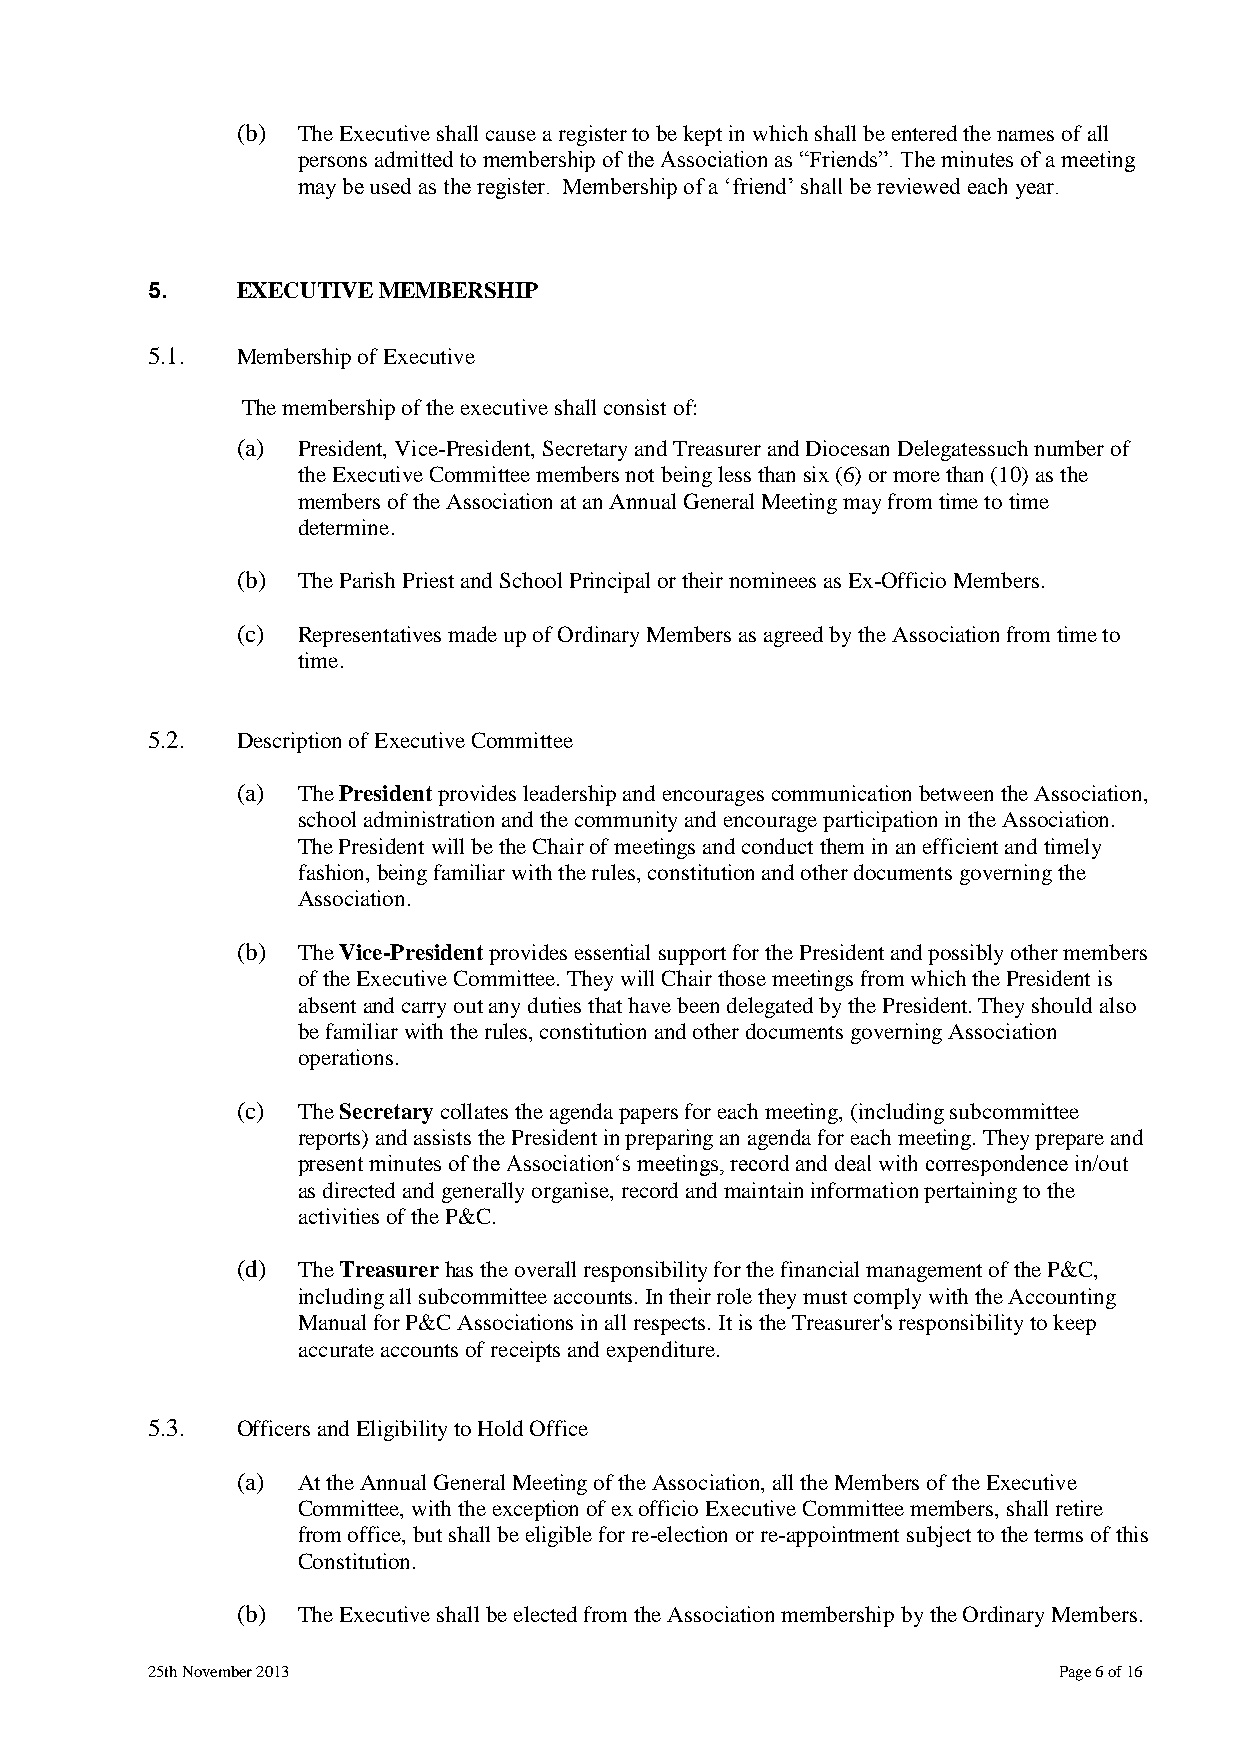
(b) The Executive shall cause a register to be kept in which shall be entered the names of all
 persons admitted to membership of the Association as “Friends”. The minutes of a meeting
 may be used as the register. Membership of a „friend‟ shall be reviewed each year.
 5.    EXECUTIVE MEMBERSHIP
 5.1.  Membership of Executive
 The membership of the executive shall consist of:
 (a) President, Vice-President, Secretary and Treasurer and Diocesan Delegatessuch number of
 the Executive Committee members not being less than six (6) or more than (10) as the
 members of the Association at an Annual General Meeting may from time to time
 determine.
 (b) The Parish Priest and School Principal or their nominees as Ex-Officio Members.
 (c) Representatives made up of Ordinary Members as agreed by the Association from time to
 time.
 5.2.  Description of Executive Committee
 (a) The President provides leadership and encourages communication between the Association,
 school administration and the community and encourage participation in the Association.
 The President will be the Chair of meetings and conduct them in an efficient and timely
 fashion, being familiar with the rules, constitution and other documents governing the
 Association.
 (b) The Vice-President provides essential support for the President and possibly other members
 of the Executive Committee. They will Chair those meetings from which the President is
 absent and carry out any duties that have been delegated by the President. They should also
 be familiar with the rules, constitution and other documents governing Association
 operations.
 (c) The Secretary collates the agenda papers for each meeting, (including subcommittee
 reports) and assists the President in preparing an agenda for each meeting. They prepare and
 present minutes of the Association„s meetings, record and deal with correspondence in/out
 as directed and generally organise, record and maintain information pertaining to the
 activities of the P&C.
 (d) The Treasurer has the overall responsibility for the financial management of the P&C,
 including all subcommittee accounts. In their role they must comply with the Accounting
 Manual for P&C Associations in all respects. It is the Treasurer's responsibility to keep
 accurate accounts of receipts and expenditure.
 5.3.  Officers and Eligibility to Hold Office
 (a) At the Annual General Meeting of the Association, all the Members of the Executive
 Committee, with the exception of ex officio Executive Committee members, shall retire
 from office, but shall be eligible for re-election or re-appointment subject to the terms of this
 Constitution.
 (b) The Executive shall be elected from the Association membership by the Ordinary Members.
 25th November 2013                                          Page 6 of 16